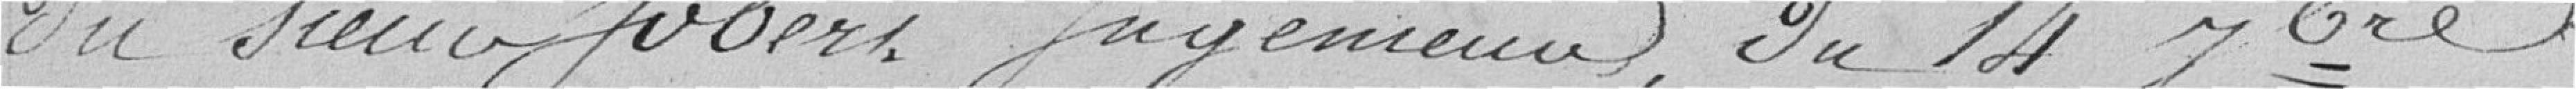
du sieur Jobert ........., du 14 ..........